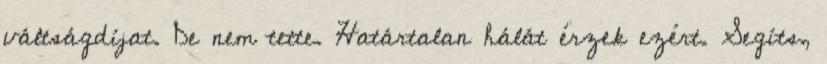
váltságdíjat. De nem tette. Határtalan hálát érzek ezért. Segíts,